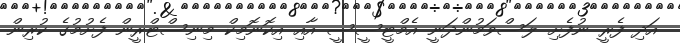
އަދި ފެރީ ނުފެށި ލަސްވަމުންދަނީ އެމްޓީސީސީ އާއި އިކޮނޮމިކް މިނިސްޓްރީން ފެށުމުގެ ކުރިން